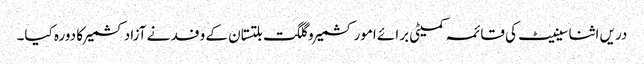
دریں اثنا سینیٹ کی قائمہ کمیٹی برائے امور کشمیر و گلگت بلتستان کے وفد نے آزادکشمیر کا دورہ کیا۔